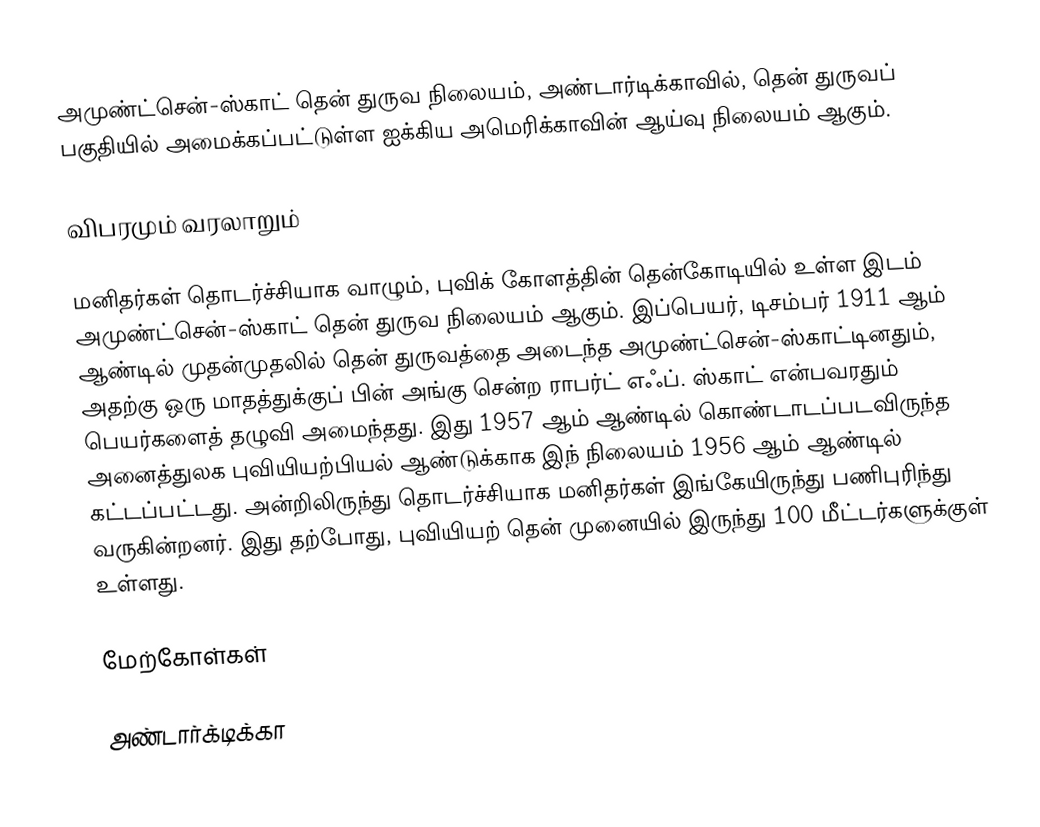
அமுண்ட்சென்-ஸ்காட் தென் துருவ நிலையம், அண்டார்டிக்காவில், தென் துருவப் பகுதியில் அமைக்கப்பட்டுள்ள ஐக்கிய அமெரிக்காவின் ஆய்வு நிலையம் ஆகும்.

விபரமும் வரலாறும்

மனிதர்கள் தொடர்ச்சியாக வாழும், புவிக் கோளத்தின் தென்கோடியில் உள்ள இடம் அமுண்ட்சென்-ஸ்காட் தென் துருவ நிலையம் ஆகும். இப்பெயர், டிசம்பர் 1911 ஆம் ஆண்டில் முதன்முதலில் தென் துருவத்தை அடைந்த அமுண்ட்சென்-ஸ்காட்டினதும், அதற்கு ஒரு மாதத்துக்குப் பின் அங்கு சென்ற ராபர்ட் எஃப். ஸ்காட் என்பவரதும் பெயர்களைத் தழுவி அமைந்தது. இது 1957 ஆம் ஆண்டில் கொண்டாடப்படவிருந்த அனைத்துலக புவியியற்பியல் ஆண்டுக்காக இந் நிலையம் 1956 ஆம் ஆண்டில் கட்டப்பட்டது. அன்றிலிருந்து தொடர்ச்சியாக மனிதர்கள் இங்கேயிருந்து பணிபுரிந்து வருகின்றனர்.  இது தற்போது, புவியியற் தென் முனையில் இருந்து 100 மீட்டர்களுக்குள் உள்ளது.

மேற்கோள்கள்

அண்டார்க்டிக்கா